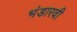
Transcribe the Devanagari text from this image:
भंडारवी